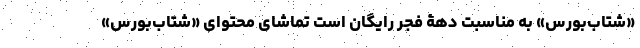
«شتاب‌بورس» به مناسبت دهۀ فجر رایگان است تماشای محتوای «شتاب‌بورس»